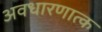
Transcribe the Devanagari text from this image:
अवधारणात्क